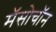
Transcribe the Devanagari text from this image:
मॅसोचॉन